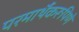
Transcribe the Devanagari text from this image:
परमार्थैकरूपिणे